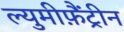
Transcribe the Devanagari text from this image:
ल्युमीफ़ैंट्रीन